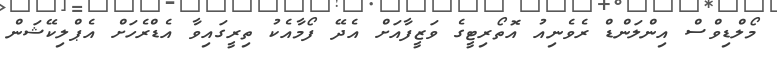
މޯލްޑިވްސް އިންލަންޑް ރެވެނިއު އޮތޯރިޓީގެ ވަޒީފާއަށް އެދޭ ފޯމާއެކު ތިރީގައިވާ އެޑްރެހަށް އެޕްލިކޭޝަން